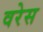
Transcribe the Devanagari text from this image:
वरेस